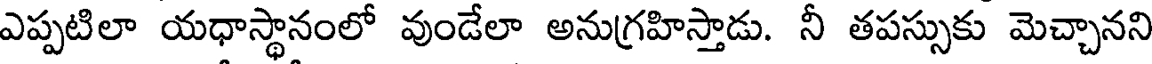
ఎప్పటిలా యధాస్థానంలో వుండేలా అనుగ్రహిస్తాడు. నీ తపస్సుకు మెచ్చానని